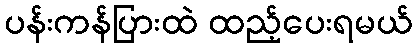
ပန်းကန်ပြားထဲ ထည့်ပေးရမယ်